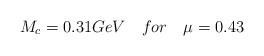
LaTeX: \begin{align*}M_{c} = 0.31 GeV ~~~for~~~\mu= 0.43 \end{align*}